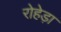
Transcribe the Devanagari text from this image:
रोहेड़ा